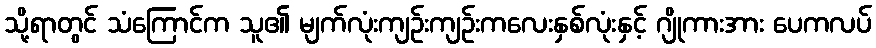
သို့ရာတွင် သံကြောင်က သူ၏ မျက်လုံးကျဉ်းကျဉ်းကလေးနှစ်လုံးနှင့် ဂျိုကားအား ပေကလပ်